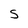
Character: S